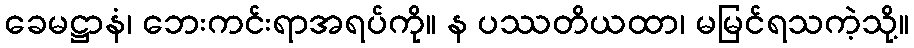
ခေမဋ္ဌာနံ၊ ဘေးကင်းရာအရပ်ကို။ န ပဿတိယထာ၊ မမြင်ရသကဲ့သို့။